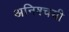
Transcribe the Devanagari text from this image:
अनिश्चयी